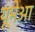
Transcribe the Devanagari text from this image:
यूमेआ